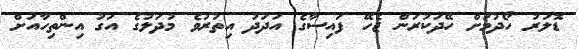
ޑޮލަރު ހޯދުމަށް ހޭދަކުރަން ޖެހޭ ފައިސާގެ އަދަދު އިތުރުވެ މުދަލުގެ އަގު އިންތިހާއަށް